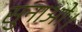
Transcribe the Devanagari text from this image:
सुनाओ।